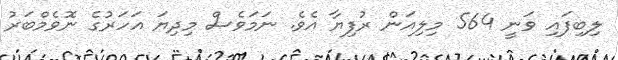
ލިބިފައި ވަނީ 564 މިލިއަން ރުފިޔާ އެވެ. ނަމަވެސް މިދިޔަ އަހަރުގެ ނޮވެމްބަރު